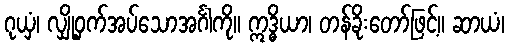
ဂုယှံ၊ လျှို့ဝှက်အပ်သောအင်္ဂါကို။ ဣဒ္ဓိယာ၊ တန်ခိုးတော်ဖြင့်။ ဆာယံ၊